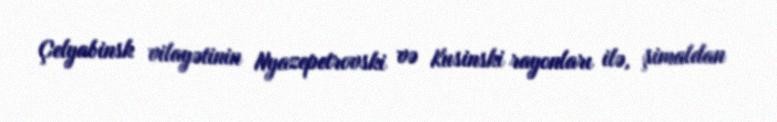
Çelyabinsk vilayətinin Nyazepetrovski və Kusinski rayonları ilə, şimaldan